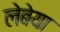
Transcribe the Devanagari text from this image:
लेबेया